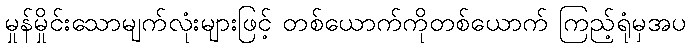
မှုန်မှိုင်းသောမျက်လုံးများဖြင့် တစ်ယောက်ကိုတစ်ယောက် ကြည့်ရုံမှအပ